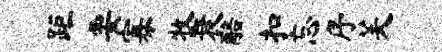
距要寡牧衰醅扣忘序芙